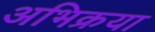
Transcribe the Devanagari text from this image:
अभिक्रया